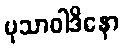
မုသာဝါဒိနော